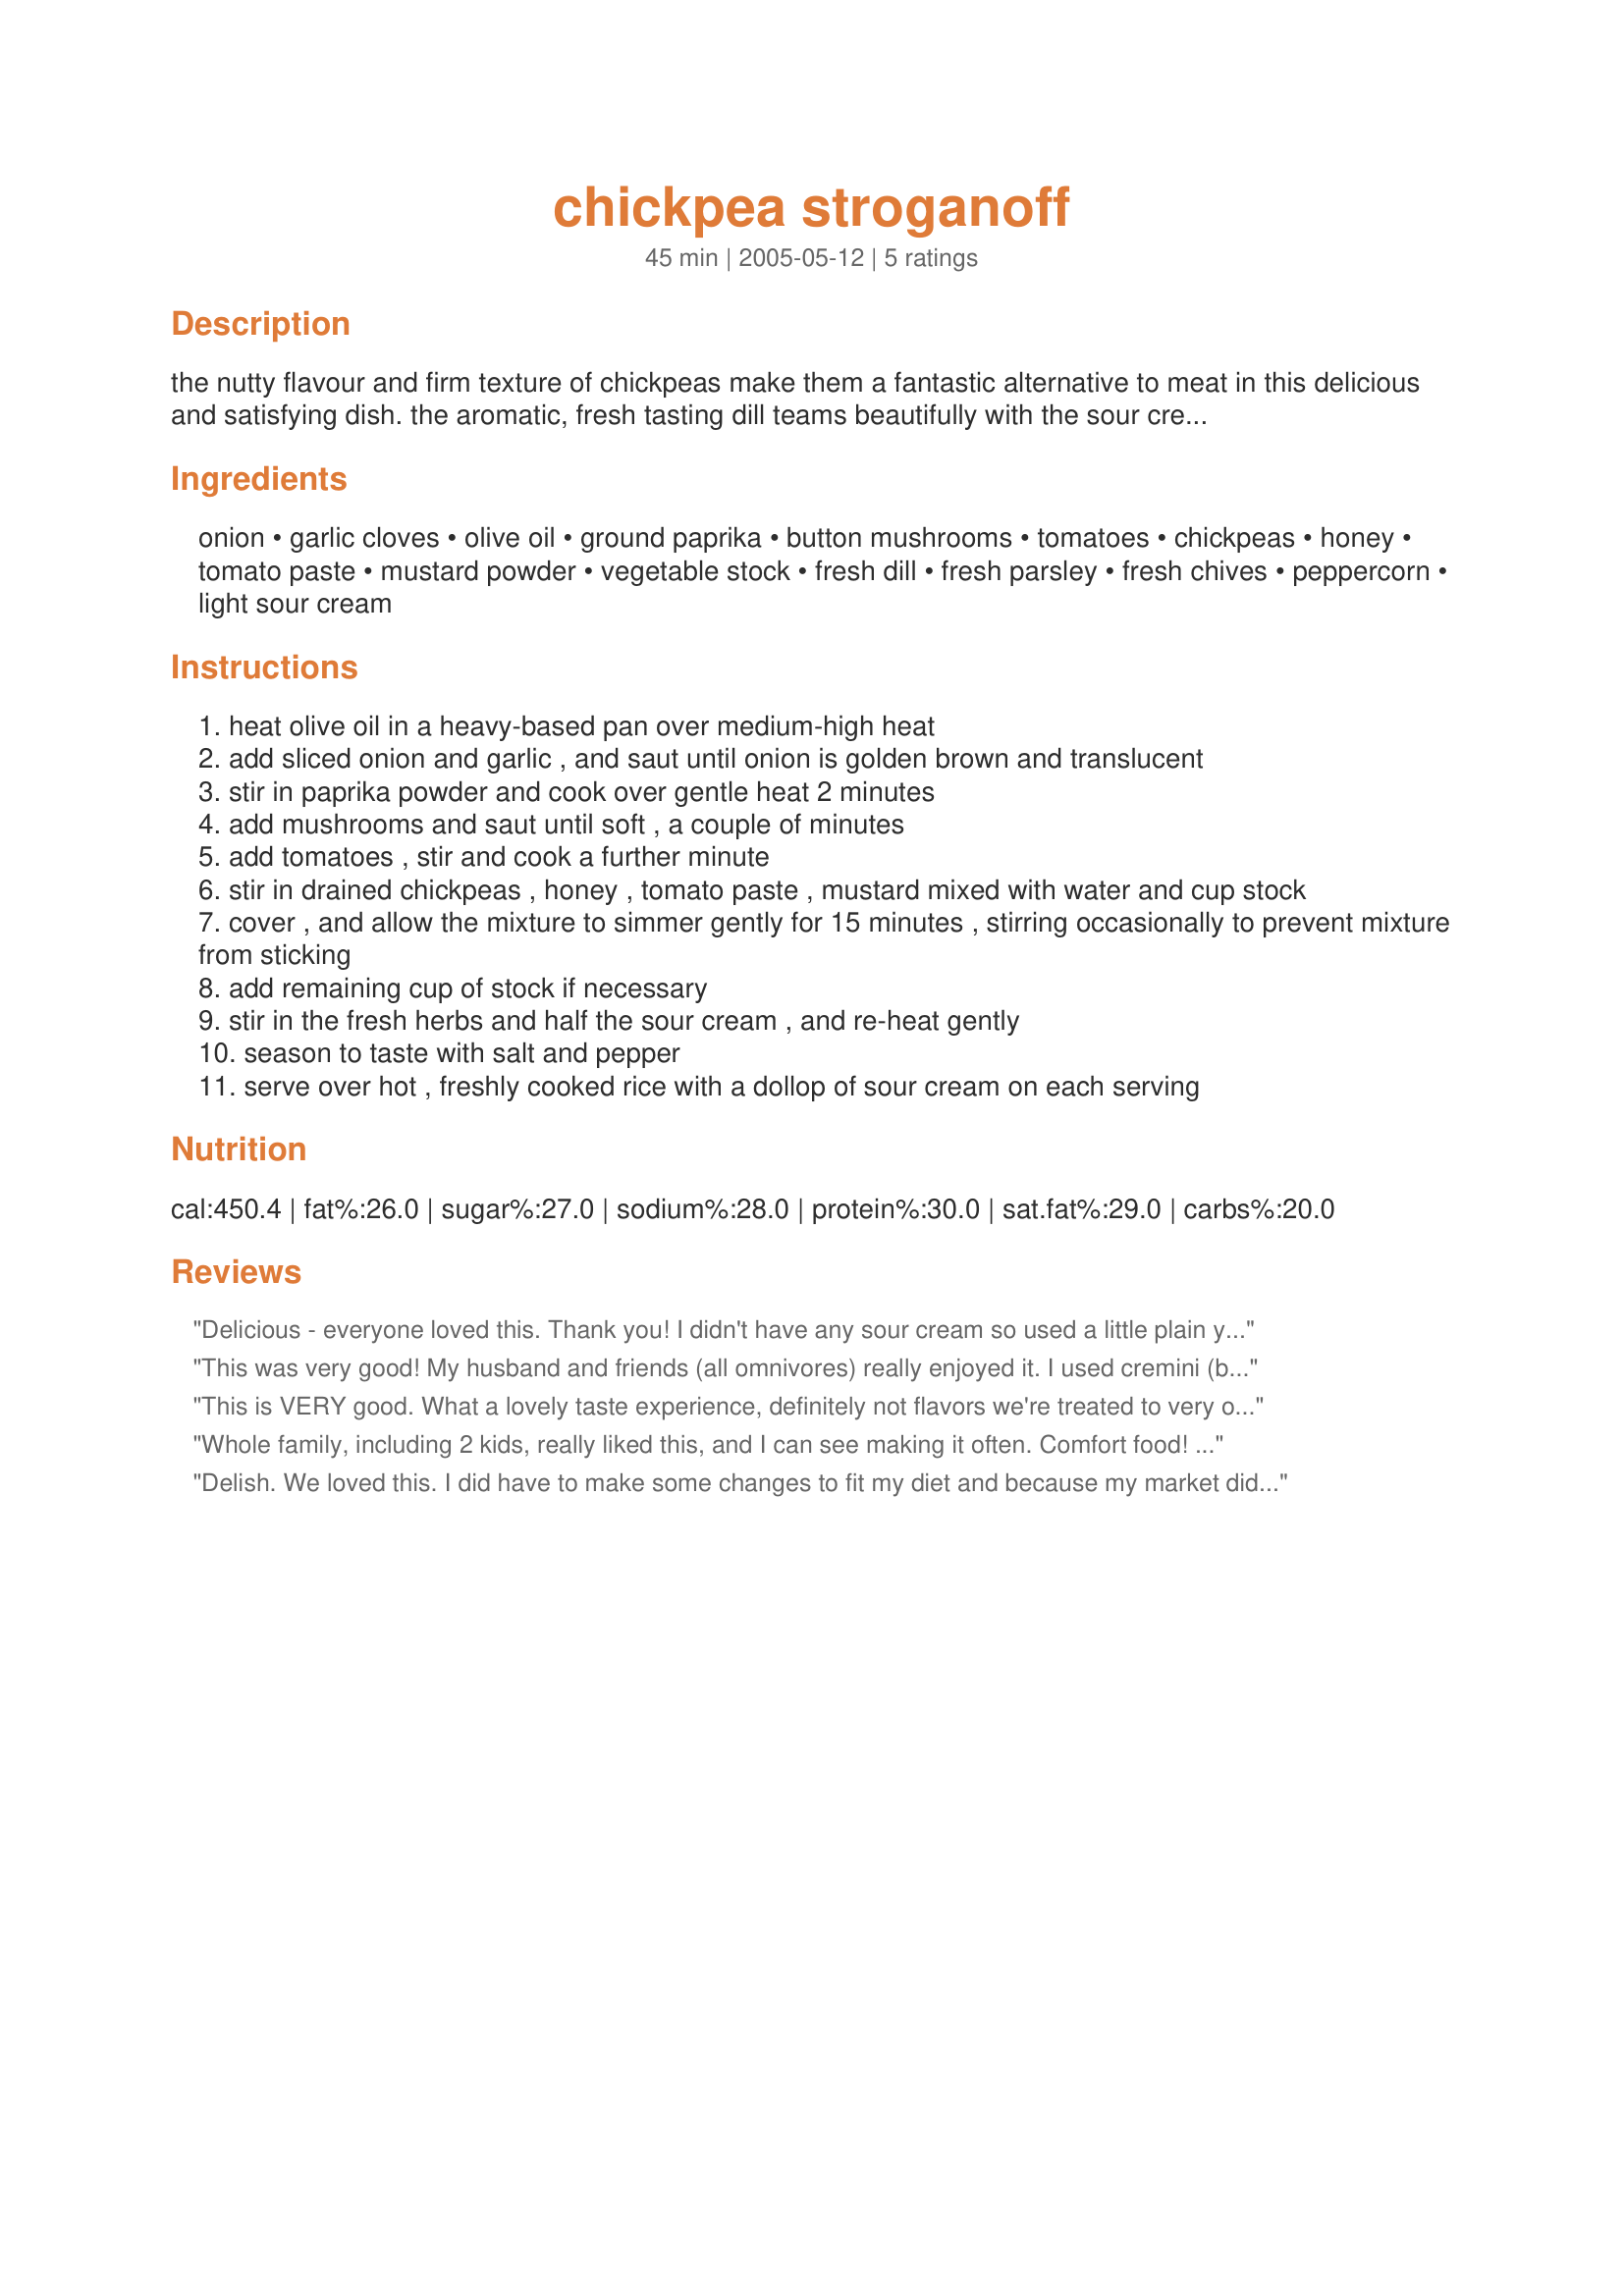
chickpea stroganoff
Preparation time: 45 minutes

the nutty flavour and firm texture of chickpeas make them a fantastic alternative to meat in this delicious and satisfying dish. the aromatic, fresh tasting dill teams beautifully with the sour cream, and, to me, is an essential ingredient in this recipe. thanks to my special friend anna, for sharing it with me.

Ingredients:
onion, garlic cloves, olive oil, ground paprika, button mushrooms, tomatoes, chickpeas, honey, tomato paste, mustard powder, vegetable stock, fresh dill, fresh parsley, fresh chives, peppercorn, light sour cream

Steps:
heat olive oil in a heavy-based pan over medium-high heat
add sliced onion and garlic , and saut until onion is golden brown and translucent
stir in paprika powder and cook over gentle heat 2 minutes
add mushrooms and saut until soft , a couple of minutes
add tomatoes , stir and cook a further minute
stir in drained chickpeas , honey , tomato paste , mustard mixed with water and cup stock
cover , and allow the mixture to simmer gently for 15 minutes , stirring occasionally to prevent mixture from sticking
add remaining cup of stock if necessary
stir in the fresh herbs and half the sour cream , and re-heat gently
season to taste with salt and pepper
serve over hot , freshly cooked rice with a dollop of sour cream on each serving

Reviews:
Delicious - everyone loved this. Thank you! I didn't have any sour cream so used a little plain yogurt and it was still mouth-watering. I can imagine with sour cream it would have been heavenly! Thanks so much for posting!
This was very good! My husband and friends (all omnivores) really enjoyed it. I used cremini (baby portabella) mushrooms and canned tomatoes (1 can, drained). I made the recipe vegan by using Tofutti brand vegan sour cream. The sauce was a little thinner than I would have liked (probably due to the substitution), so next time I will probably use less broth or add some cornstarch. I added a dash of vegan worcestershire and a dash of balsamic vinegar. I will definitely make this again. I served it over brown rice, and everybody agreed that it was hearty and filling---perfect for winter.
This is VERY good. What a lovely taste experience, definitely not flavors we're treated to very often in our house. This recipe will change that. The dill is lovely, and so are the sliced onions and the mushrooms. Overall, just great. 2 things- we used canned mushrooms, but will use fresh next time for sure. And, I didn't top with sour cream, just forgot! Thank you for sharing this very different and delicious recipe.
Whole family, including 2 kids, really liked this, and I can see making it often. Comfort food! The fresh herbs really made the dish, as well as that extra dollop of sour cream. I served it on brown rice, although it would also be terrific on noodles. Tasty option also for potlucks, where there may be vegetarians present. Thanks loads, Daydream!
Delish. We loved this. I did have to make some changes to fit my diet and because my market didn't have some of the items. First, I left out the oil and used fat free sour cream. I used mixed exotic mushrooms, canned tomatoes, whole grain mustard and had to leave out the dill because the market didn't have any (boo, because I can tell it would have been wonderful). I served it over wide whole wheat noodles. Despite my numerous changes, it was really good. It makes a ton, so I am looking forward to eating leftovers for lunches. Thanks for posting, this is a keeper!
